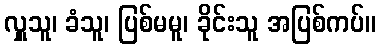
လှူသူ၊ ခံသူ၊ ပြစ်မမူ၊ ခိုင်းသူ အပြစ်ကပ်။